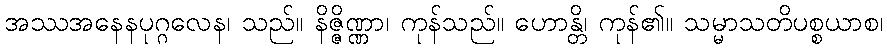
အဿအနေနပုဂ္ဂလေန၊ သည်။ နိဇ္ဇိဏ္ဏာ၊ ကုန်သည်။ ဟောန္တိ၊ ကုန်၏။ သမ္မာသတိပစ္စယာစ၊